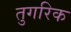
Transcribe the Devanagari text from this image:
तुगरिक